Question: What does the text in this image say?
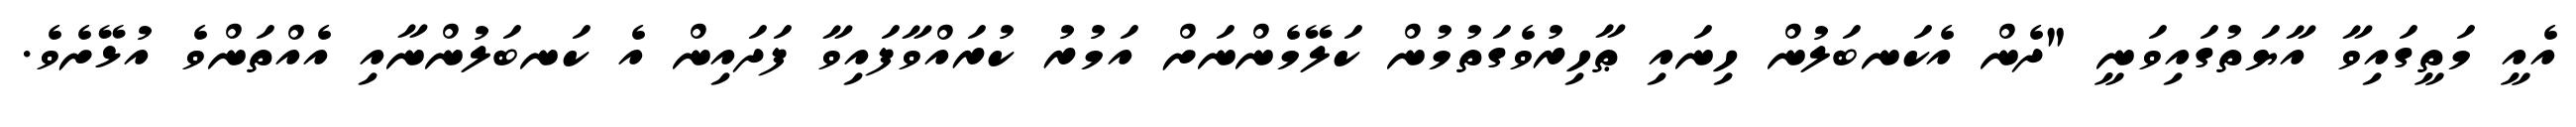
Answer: އެއީ މަތީގައިވާ އާޔަތުގައިވަނީ "ދެން އެކަނބަލުން ހިނައި ޠާހިރުވެގަތުމުން ކަލޭމެންނަށް އަމުރު ކުރައްވާފައިވާ ފަދައިން އެ ކަނބަލުންނާއި އެއްތަންވެ އުޅޭށެވެ.